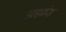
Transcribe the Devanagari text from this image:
न्रह्मांड